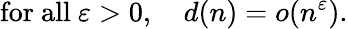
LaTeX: {\mathrm{for~all~}}\varepsilon>0,\quad d(n)=o(n^{\varepsilon}).